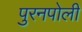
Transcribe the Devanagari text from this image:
पुरनपोली